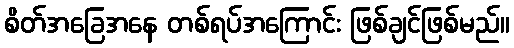
စိတ်အခြေအနေ တစ်ရပ်အကြောင်း ဖြစ်ချင်ဖြစ်မည်။